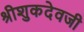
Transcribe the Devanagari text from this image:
श्रीशुकदेवजी